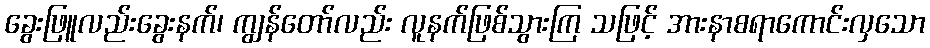
ခွေးဖြူလည်းခွေးနက်၊ ကျွန်တော်လည်း လူနက်ဖြစ်သွားကြ သဖြင့် အားနာစရာကောင်းလှသော